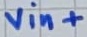
Text: vin+